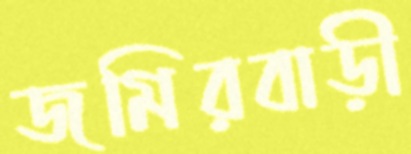
জমিরবাড়ী